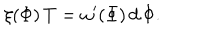
\xi ( \Phi ) \, T = \omega ^ { \prime } ( \Phi ) \, d \, \Phi .